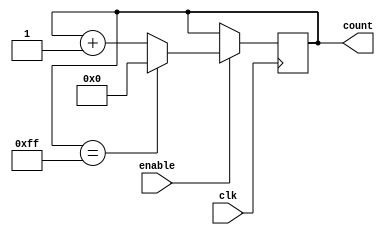
module Binary_Up_Counter (
    input wire clk,
    input wire enable,
    output reg [7:0] count
);

always @(posedge clk) begin
    if (enable) begin
        if (count == 8'b11111111) begin
            count <= 8'b00000000;
        end else begin
            count <= count + 1;
        end
    end
end

endmodule